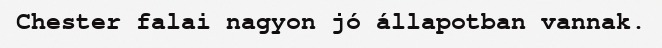
Chester falai nagyon jó állapotban vannak.